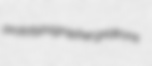
prototypographer gridirons